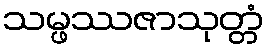
သမ္ဖဿဇာသုတ္တံ